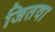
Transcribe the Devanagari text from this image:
जितवा